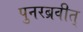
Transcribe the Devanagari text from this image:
पुनरब्रवीत्